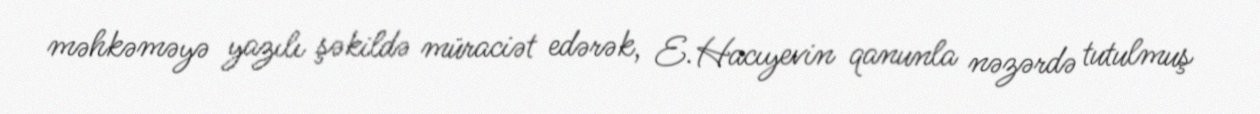
məhkəməyə yazılı şəkildə müraciət edərək, E.Hacıyevin qanunla nəzərdə tutulmuş